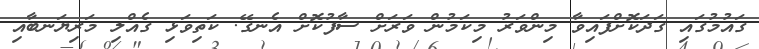
ގައުމުގައި ގަދަކޮށްފައިވާ މިންވަރު މިކަމުން ވަރަށް ސާފުކޮށް އެނގޭ. ކަތިވަޅި ގެއްލި މަރިޔަނބާއި